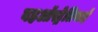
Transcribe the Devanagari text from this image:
वहऑस्ट्रेलियाई